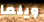
ويلما